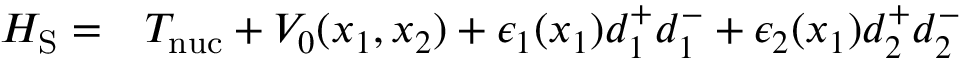
\begin{array} { r l } { H _ { \mathrm { S } } = } & { { } T _ { \mathrm { n u c } } + V _ { 0 } ( x _ { 1 } , x _ { 2 } ) + \epsilon _ { 1 } ( x _ { 1 } ) d _ { 1 } ^ { + } d _ { 1 } ^ { - } + \epsilon _ { 2 } ( x _ { 1 } ) d _ { 2 } ^ { + } d _ { 2 } ^ { - } } \end{array}